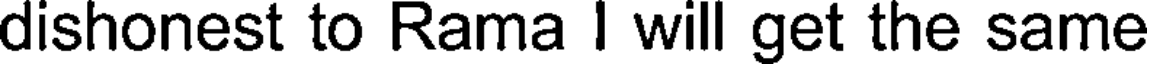
dishonest to Rama I will get the same